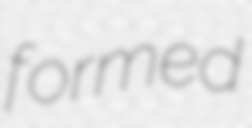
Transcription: formed